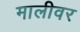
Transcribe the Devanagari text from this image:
मालीवर